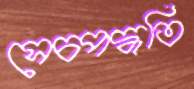
সেচপদ্ধতি